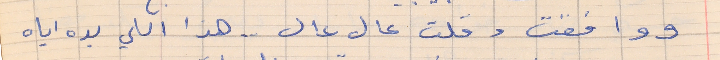
ووافقت وقلت عال عال . . هذا اللي بده اياه